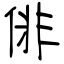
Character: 俳